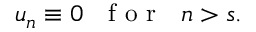
u _ { n } \equiv 0 \ \ \textrm { f o r } \ \ n > s .